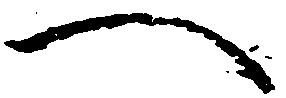
へ